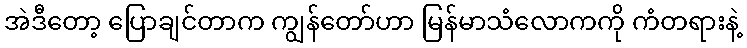
အဲဒီတော့ ပြောချင်တာက ကျွန်တော်ဟာ မြန်မာသံလောကကို ကံတရားနဲ့